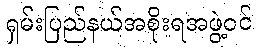
ရှမ်းပြည်နယ်အစိုးရအဖွဲ့ဝင်